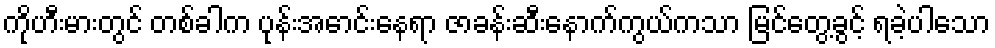
ကိုဟီးမားတွင် တစ်ခါက ပုန်းအောင်းနေရာ ဇာခန်းဆီးနောက်ကွယ်ကသာ မြင်တွေ့ခွင့် ရခဲ့ပါသော